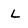
Character: L